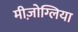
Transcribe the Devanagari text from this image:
मीज़ोग्लिया